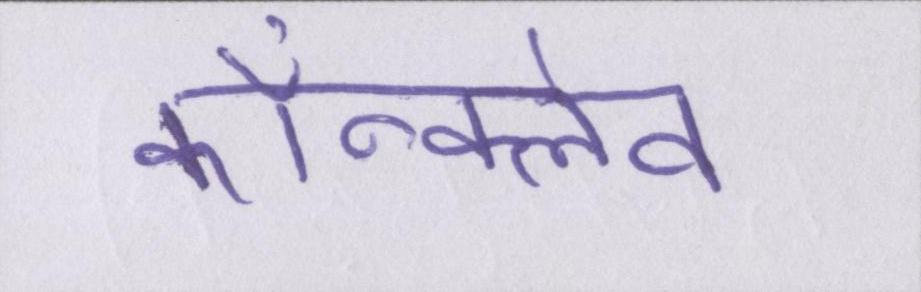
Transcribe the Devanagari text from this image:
कॉन्क्लेव